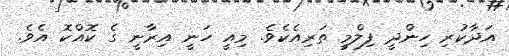
އަދާކުރި ހިންދީ ފިލްމީ ތަރިއެކެވެ. މިއީ ހަނީ އިރާނީ ގެ ކޮއްކޮ އެވެ.